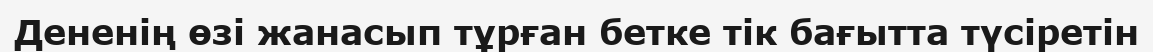
Дененің өзі жанасып тұрған бетке тік бағытта түсіретін